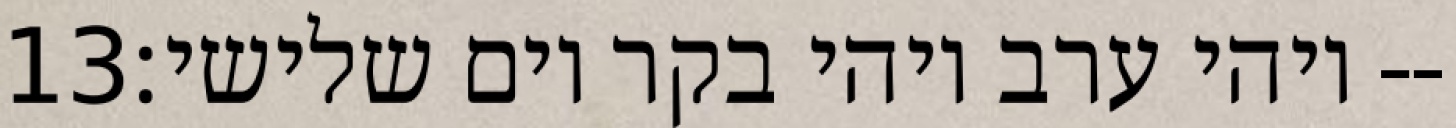
‎13‏ ויהי ערב ויהי בקר יום שלישי׃--